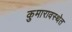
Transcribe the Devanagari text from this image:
कुमारावस्थेत